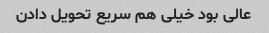
عالی بود خیلی هم سریع تحویل دادن